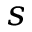
s